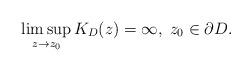
LaTeX: \begin{align*}\limsup_{z\to z_0}K_D(z)=\infty,\; z_0\in\partial D.\end{align*}